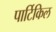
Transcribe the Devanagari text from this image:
पार्टिकिल